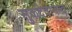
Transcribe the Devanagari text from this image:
सुकदेवानन्द